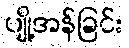
ပျို့အန်ခြင်း